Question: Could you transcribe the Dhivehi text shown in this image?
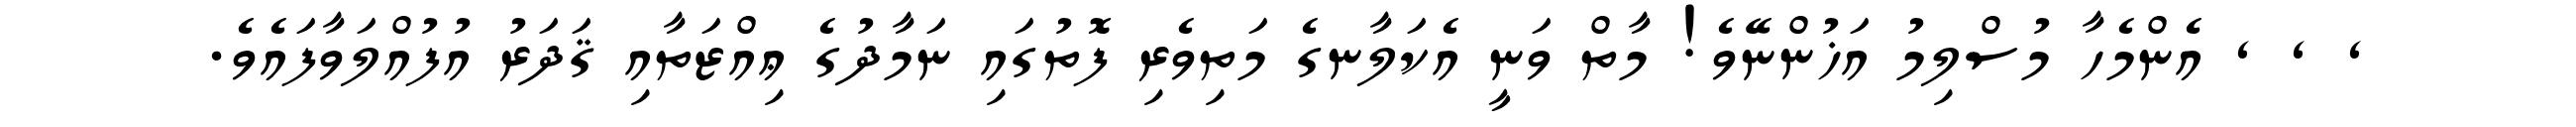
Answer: , , , އެންމެހާ މުސްލިމު އަޚުންނޭވެ! މާތް ވަނީ އެކަލާނގެ މަތިވެރި ފޮތުގައި ނަމާދުގެ ޢިއްޒަތާއި ޤަދަރު އުފުއްލަވާފައެވެ.